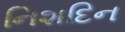
નિશદિન